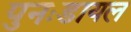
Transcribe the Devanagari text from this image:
पुनःडायल